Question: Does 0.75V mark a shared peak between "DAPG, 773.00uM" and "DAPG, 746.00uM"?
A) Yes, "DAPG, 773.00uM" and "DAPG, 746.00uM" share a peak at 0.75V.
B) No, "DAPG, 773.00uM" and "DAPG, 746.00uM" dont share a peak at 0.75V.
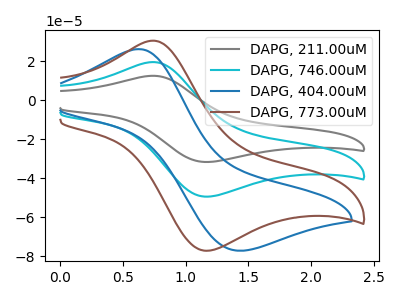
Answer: <think>The gray curve "DAPG, 211.00uM" has an anodic peak at (0.75V, 39.15uA) and a cathodic peak at (1.20V, -98.85uA). The cyan curve "DAPG, 746.00uM" has an anodic peak at (0.75V, 19.60uA) and a cathodic peak at (1.20V, -49.45uA). The blue curve "DAPG, 404.00uM" has an anodic peak at (0.65V, 26.20uA) and a cathodic peak at (1.40V, -77.15uA). The brown curve "DAPG, 773.00uM" has an anodic peak at (0.75V, 30.55uA) and a cathodic peak at (1.20V, -77.15uA).</think>
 <answer>A) Yes, "DAPG, 773.00uM" and "DAPG, 746.00uM" share a peak at 0.75V.</answer>
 <eval>A</eval>